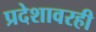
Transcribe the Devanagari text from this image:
प्रदेशावरही